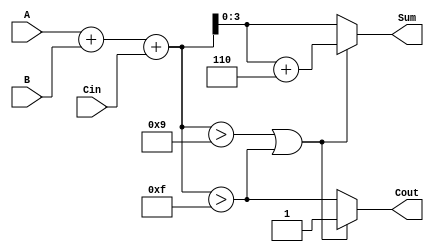
module BCD_Synchronous_Adder (
    input  [3:0] A,      // 4-bit BCD input A
    input  [3:0] B,      // 4-bit BCD input B
    input        Cin,     // Carry input
    output reg [3:0] Sum, // 4-bit BCD sum output
    output reg Cout       // Carry output
);

    wire [4:0] binary_sum; // 5-bit to accommodate carry
    wire adjust;           // Adjustment signal
    wire [3:0] adjusted_sum;

    // Step 1: Binary Addition
    assign binary_sum = A + B + Cin;

    // Step 2: Check if adjustment is needed
    assign adjust = (binary_sum > 9) || (binary_sum > 15);

    // Step 3: Adjust the sum if necessary
    assign adjusted_sum = binary_sum + 4'b0110; // Add 6 (0110)

    always @(*) begin
        // Step 4: Determine final sum and carry-out
        if (adjust) begin
            Sum = adjusted_sum[3:0]; // Take lower 4 bits after adjustment
            Cout = 1;                 // Set carry-out
        end else begin
            Sum = binary_sum[3:0];    // No adjustment needed
            Cout = (binary_sum > 15);  // Carry-out if the sum exceeds 15
        end
    end

endmodule